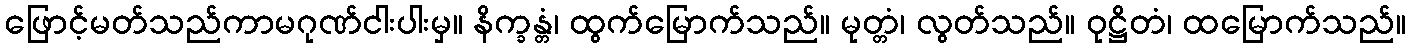
ဖြောင့်မတ်သည်ကာမဂုဏ်ငါးပါးမှ။ နိက္ခန္တံ၊ ထွက်မြောက်သည်။ မုတ္တံ၊ လွတ်သည်။ ဝုဋ္ဌိတံ၊ ထမြောက်သည်။